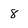
Character: 8